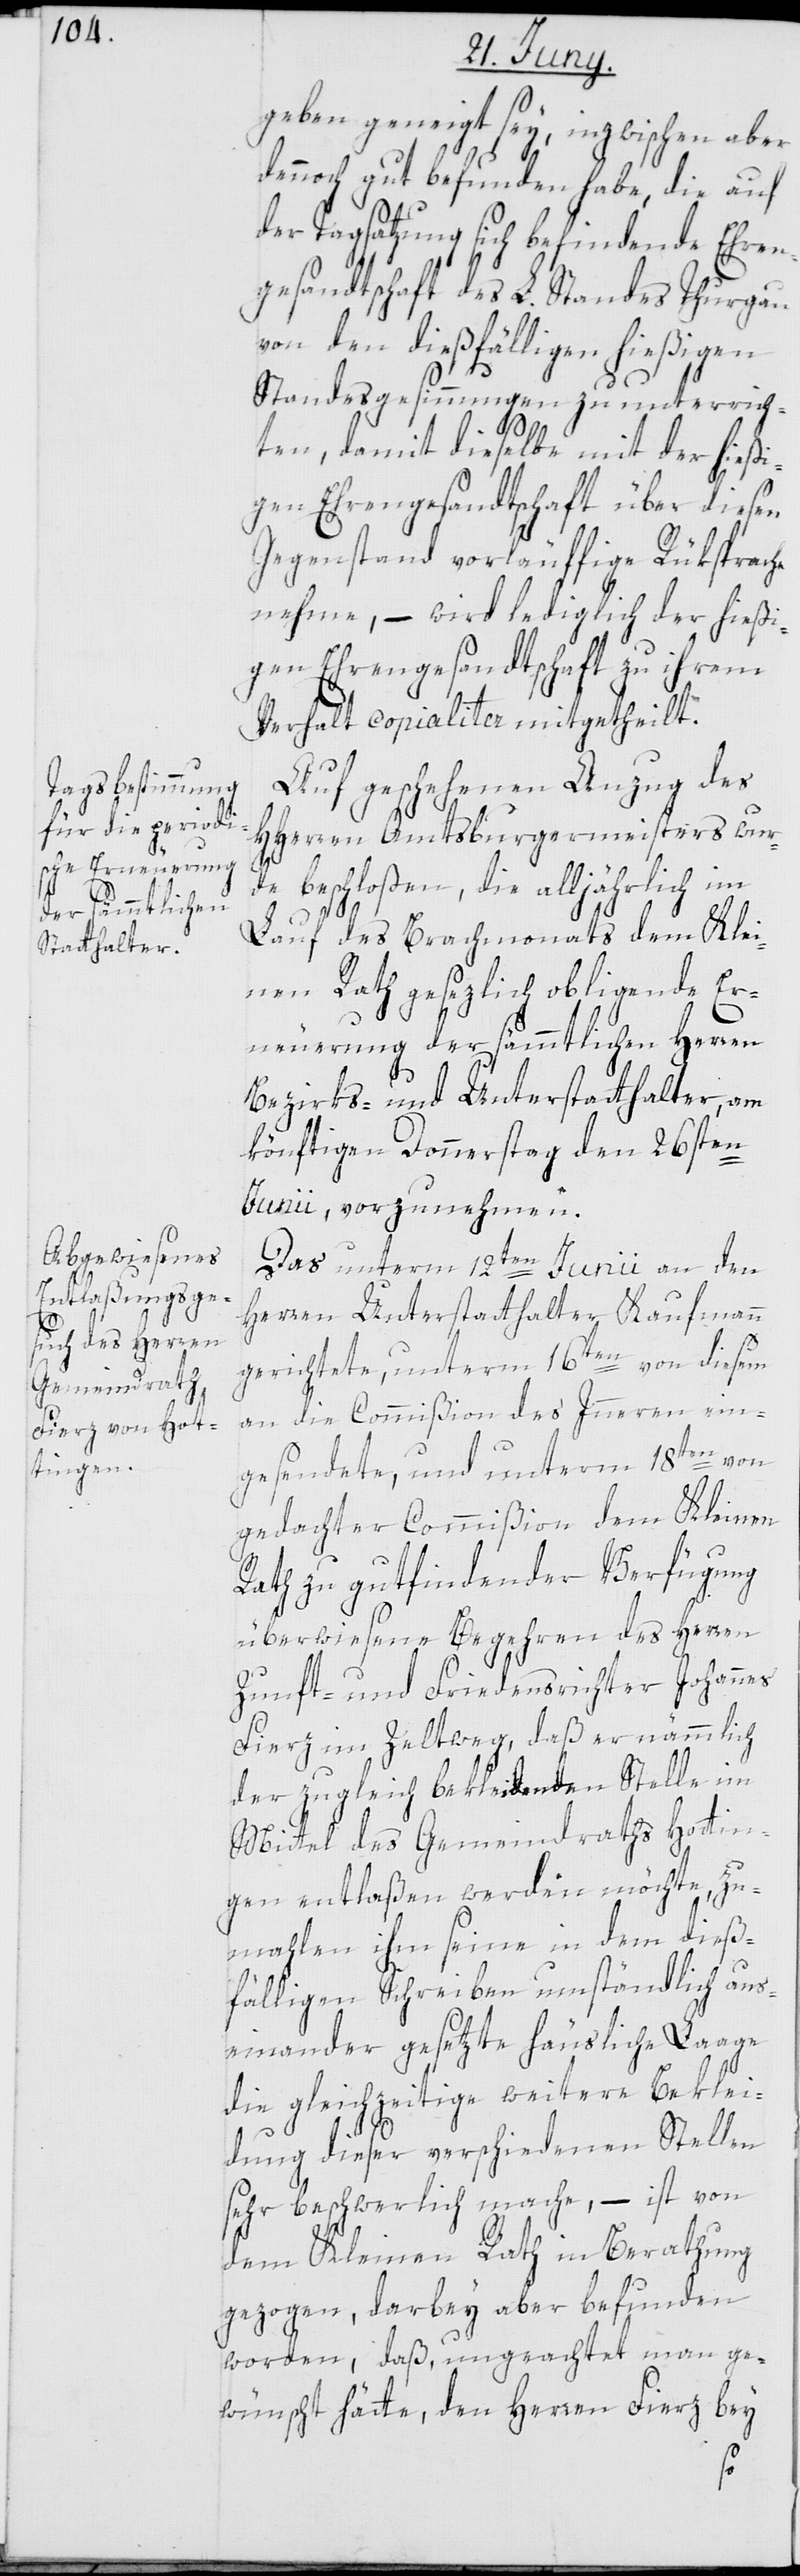
geben geneigt sey, inzwischen aber
dennoch gut befunden habe, die auf
der Tagsatzung sich befindende Ehren¬
gesandtschaft des L. Standes Thurgau
von den dießfälligen hießigen
Standesgesinnungen zu unterrich¬
ten, damit dieselbe mit der hießi¬
gen Ehrengesandtschaft über diesen
Gegenstand vorläuffige Rüksprache
nehme, – wird lediglich der hießi¬
gen Ehrengesandtschaft zu ihrem
Verhalt copialiter mitgetheilt.
Auf geschehenen Anzug des
HHerren Amtsburgermeisters wur¬
de beschloßen, die alljährlich im
Lauf des Brachmonats dem Klei¬
nen Rath gesezlich obligende Er¬
neuerung der sämmtlichen Herren
Bezirks- und Unterstatthalter, am
könftigen Donnerstag den 26sten
Junii, vorzunehmen.
Das unterm 12ten Junii an den
Herren Unterstatthalter Kaufmann
gerichtete, unterm 16ten von diesem
an die Commißion des Inneren ein¬
gesendete, und unterm 18ten von
gedachter Commißion dem Kleinen
Rath zu gutfindender Verfügung
überwiesene Begehren des Herren
Zunft- und Friedensrichter Johannes
Fierz im Zeltweg, daß er nämmlich
der zugleich bekleideten Stelle im
Mittel des Gemeindraths Hottin¬
gen entlaßen werden möchte, zu¬
mahlen ihm seine in dem dieß¬
fälligen Schreiben umständlich aus¬
einander gesetzte häusliche Laage
die gleichzeitige weitere Beklei¬
dung dieser verschiedenen Stellen
sehr beschwerlich mache, ist von
dem Kleinen Rath in Berathung
gezogen, darbey aber befunden
worden, daß, ungeachtet man ge¬
wünscht hätte, den Herren Fierz
bey